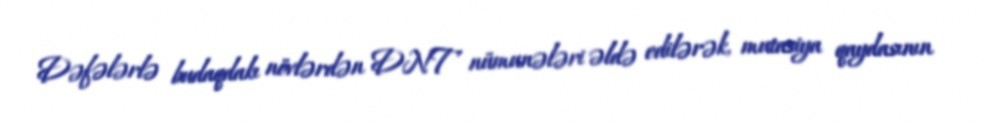
Dəfələrlə budaqdakı növlərdən DNT nümunələri əldə edilərək, mutasiya qaydasının